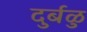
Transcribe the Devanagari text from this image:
दुर्बळु